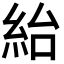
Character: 紿